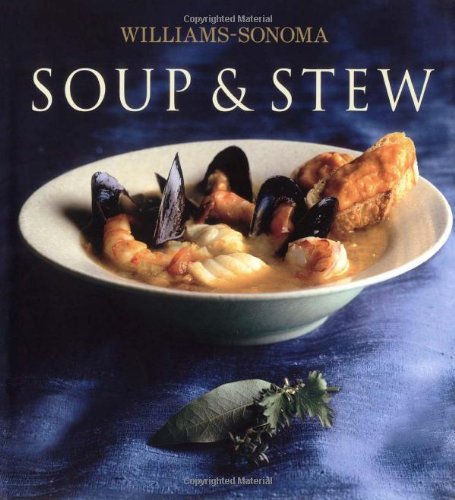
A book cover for Williams-Sonoma Collection: Soup & Stew; Cookbooks, Food & Wine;